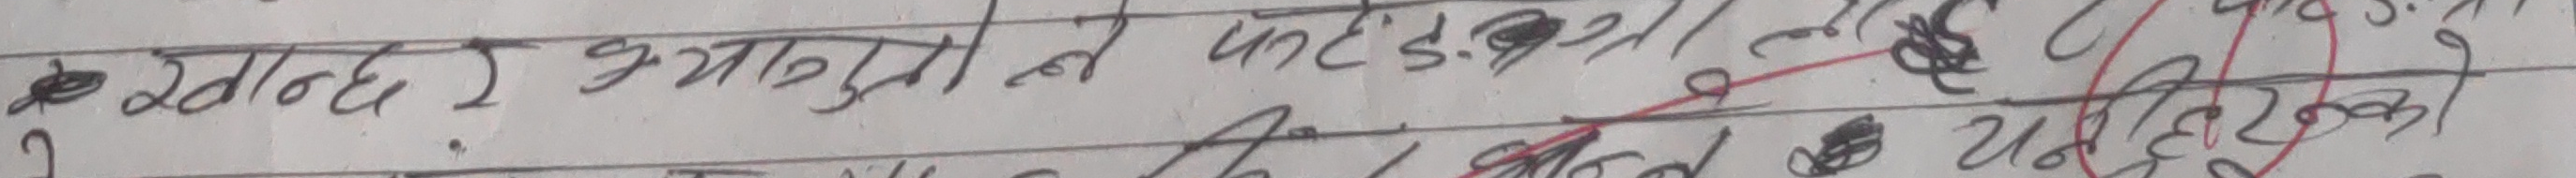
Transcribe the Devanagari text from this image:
खण्ड १ भगवतले पढाइ ३.९ तर सुन्दर छन्
२ बुद्धले उनको उद्देश्य के थियो?